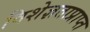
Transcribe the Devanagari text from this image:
विशेज्ञताप्राप्त